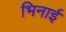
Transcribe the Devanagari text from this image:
भिनाई